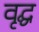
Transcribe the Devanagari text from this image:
वृद्घ